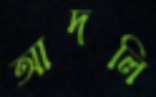
আদলি